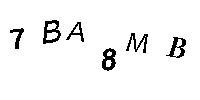
7BA8MB